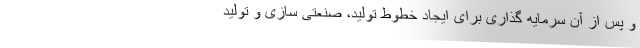
و پس از آن سرمایه گذاری برای ایجاد خطوط تولید، صنعتی سازی و تولید